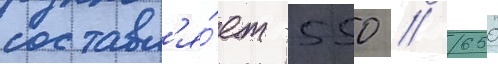
составл'я́ет 550 // 650